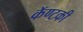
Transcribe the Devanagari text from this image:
कॅण्टकी